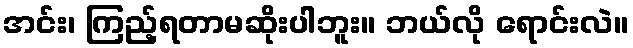
အင်း၊ ကြည့်ရတာမဆိုးပါဘူး။ ဘယ်လို ရောင်းလဲ။